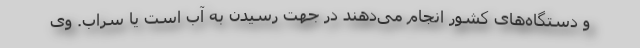
و دستگاه‌های کشور انجام می‌دهند در جهت رسیدن به آب است یا سراب. وی